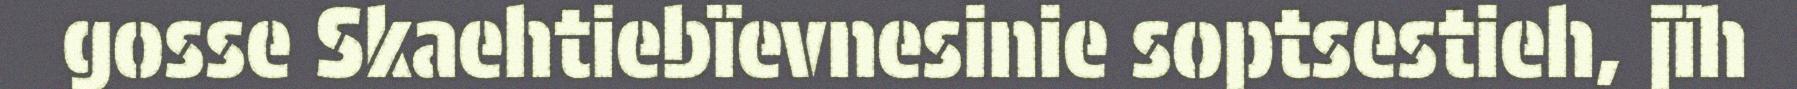
gosse Skaehtiebïevnesinie soptsestieh, jïh